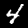
Digit: 4